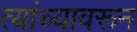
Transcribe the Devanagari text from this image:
त्यांच्यावरून